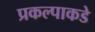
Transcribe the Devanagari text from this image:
प्रकल्पाकडे